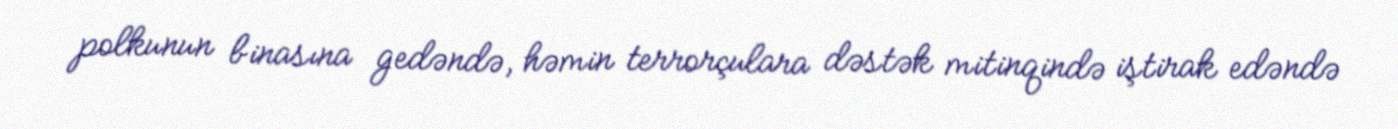
polkunun binasına gedəndə, həmin terrorçulara dəstək mitinqində iştirak edəndə